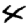
Digit: 4